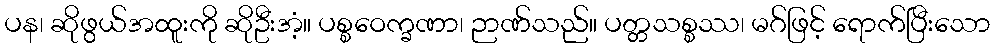
ပန၊ ဆိုဖွယ်အထူးကို ဆိုဦးအံ့။ ပစ္စဝေက္ခဏာ၊ ဉာဏ်သည်။ ပတ္တသစ္စဿ၊ မဂ်ဖြင့် ရောက်ပြီးသော